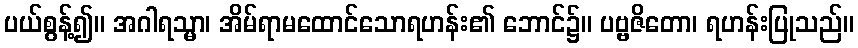
ပယ်စွန့်၍။ အဂါရသ္မာ၊ အိမ်ရာမထောင်သောရဟန်း၏ ဘောင်၌။ ပဗ္ဗဇိတော၊ ရဟန်းပြုသည်။